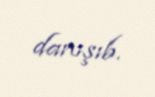
danışıb.